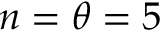
n = \theta = 5